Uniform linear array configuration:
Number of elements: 24
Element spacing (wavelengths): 0.75
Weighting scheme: hann
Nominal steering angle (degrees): -30
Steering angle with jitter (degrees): -29.774
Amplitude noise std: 0.05
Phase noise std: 0.05

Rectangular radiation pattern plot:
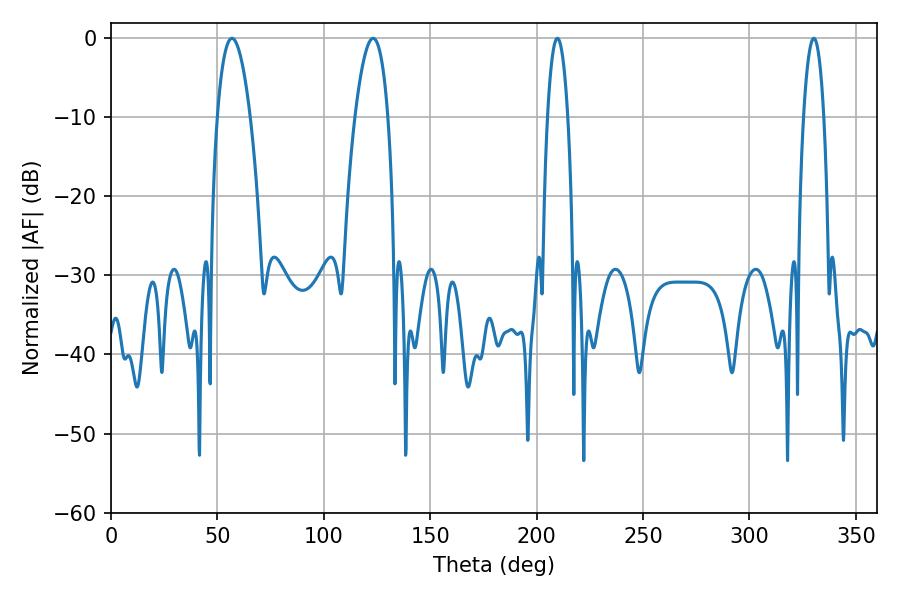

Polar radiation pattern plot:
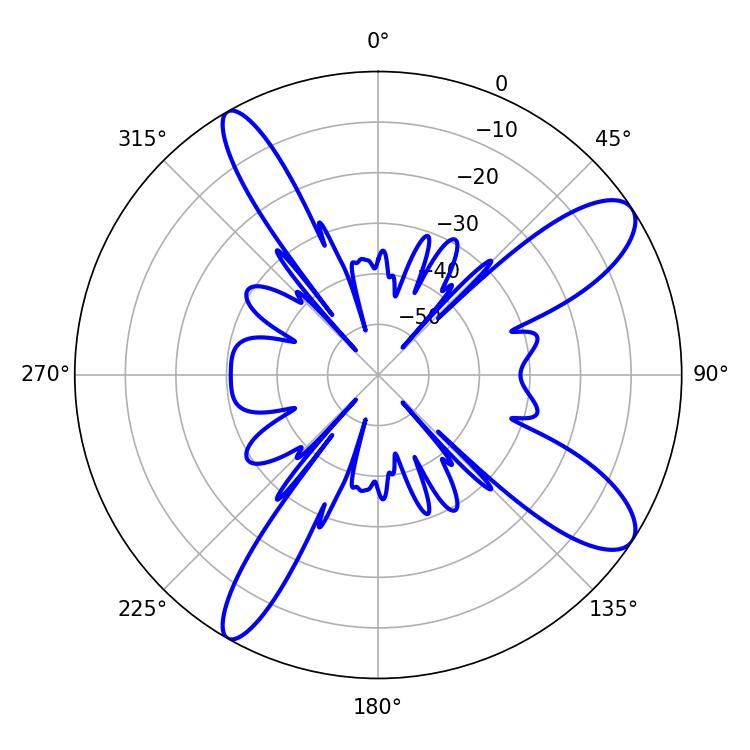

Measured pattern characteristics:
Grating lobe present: TRUE
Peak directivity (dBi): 10.696
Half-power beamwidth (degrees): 8.64
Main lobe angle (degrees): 56.88